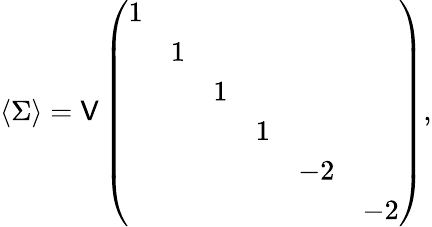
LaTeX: \langle\Sigma\rangle=\mathsf{V}\left(\begin{array}{cccccc}{{1}}&{{}}&{{}}&{{}}&{{}}&{{}}\\ {{}}&{{1}}&{{}}&{{}}&{{}}&{{}}\\ {{}}&{{}}&{{1}}&{{}}&{{}}&{{}}\\ {{}}&{{}}&{{}}&{{1}}&{{}}&{{}}\\ {{}}&{{}}&{{}}&{{}}&{{-2}}&{{}}\\ {{}}&{{}}&{{}}&{{}}&{{}}&{{-2}}\end{array}\right),